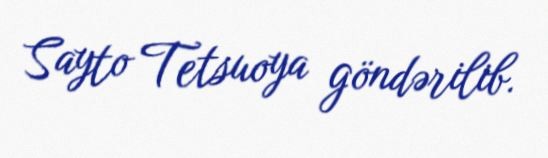
Sayto Tetsuoya göndərilib.